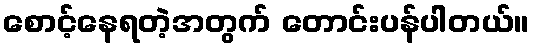
စောင့်နေရတဲ့အတွက် တောင်းပန်ပါတယ်။